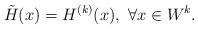
LaTeX: \begin{align*}\tilde{H}(x) = H^{(k)}(x), \ \forall x\in W^k. \end{align*}